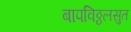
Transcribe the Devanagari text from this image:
बापविठ्ठलसुत